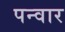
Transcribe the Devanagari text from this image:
पन्वार